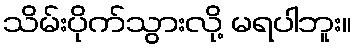
သိမ်းပိုက်သွားလို့ မရပါဘူး။